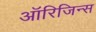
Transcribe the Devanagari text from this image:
ऑरिजिन्स